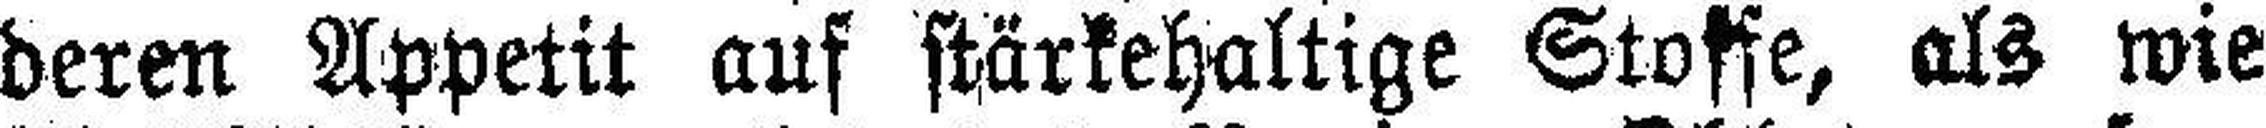
deren Appetit auf stärkehaltige Stoffe, als wie